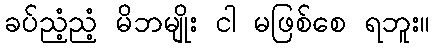
ခပ်ညံ့ညံ့ မိဘမျိုး ငါ မဖြစ်စေ ရဘူး။